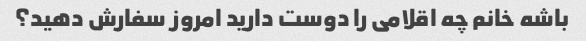
باشه خانم چه اقلامی را دوست دارید امروز سفارش دهید؟